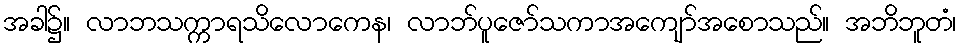
အခါ၌။ လာဘသက္ကာရသိလောကေန၊ လာဘ်ပူဇော်သကာအကျော်အစောသည်။ အဘိဘူတံ၊